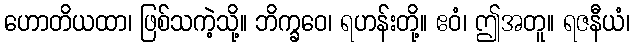
ဟောတိယထာ၊ ဖြစ်သကဲ့သို့။ ဘိက္ခဝေ၊ ရဟန်းတို့။ ဧဝံ၊ ဤအတူ။ ရဇနီယံ၊